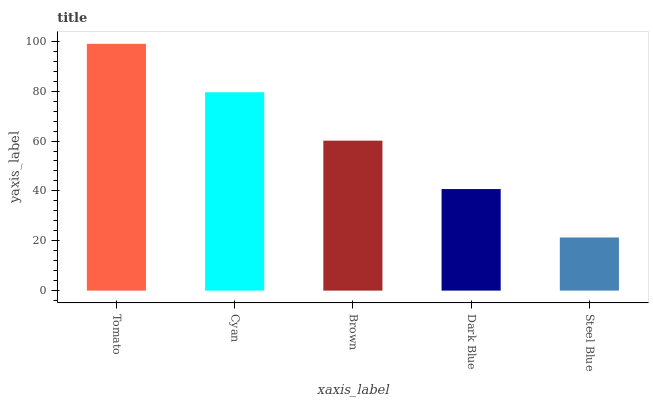
| xaxis_label | bars |
 | --- | --- |
 | Tomato | 99 |
 | Cyan | 79.6 |
 | Brown | 60.2 |
 | Dark Blue | 40.7 |
 | Steel Blue | 21.3 |